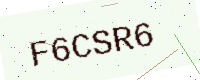
Text: F6CSR6